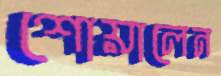
শোয়ালেন